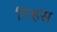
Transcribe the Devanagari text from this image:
पिर्‍हस